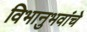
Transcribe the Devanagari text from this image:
विभानुभवांचे